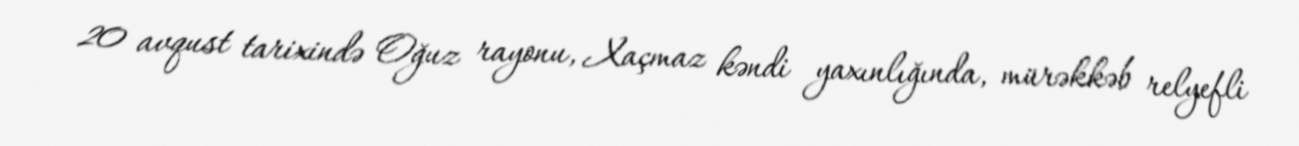
20 avqust tarixində Oğuz rayonu, Xaçmaz kəndi yaxınlığında, mürəkkəb relyefli